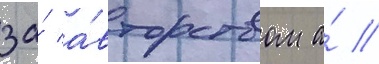
за́ а́вторством а́ //